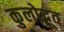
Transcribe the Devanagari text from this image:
कुलोद्भूत